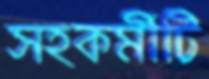
সহকর্মীটি